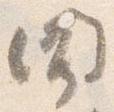
聞